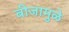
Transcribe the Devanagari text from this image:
बीजामुळे